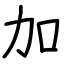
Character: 加